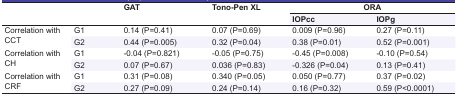
| <ROWSPAN=2-COLSPAN=2>  | <ROWSPAN=2> GAT | <ROWSPAN=2> Tono-Pen XL | <COLSPAN=2> ORA |
 | IOPcc | IOPg |
 | --- | --- | --- | --- | --- | --- |
 | <ROWSPAN=2> Correlation with CCT | G1 | 0.14 (P=0.41) | 0.07 (P=0.69) | 0.009 (P=0.96) | 0.27 (P=0.11) |
 | G2 | 0.44 (P=0.005) | 0.32 (P=0.04) | 0.38 (P=0.01) | 0.52 (P=0.001) |
 | <ROWSPAN=2> Correlation with CH | G1 | -0.04 (P=0.821) | -0.05 (P=0.75) | -0.45 (P=0.008) | -0.10 (P=0.54) |
 | G2 | 0.07 (P=0.67) | 0.036 (P=0.83) | -0.326 (P=0.04) | 0.13 (P=0.41) |
 | <ROWSPAN=2> Correlation with CRF | G1 | 0.31 (P=0.08) | 0.340 (P=0.05) | 0.050 (P=0.77) | 0.37 (P=0.02) |
 | G2 | 0.27 (P=0.09) | 0.24 (P=0.14) | 0.16 (P=0.32) | 0.59 (P<0.0001) |